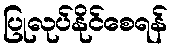
ပြုလုပ်နိုင်စေရန်